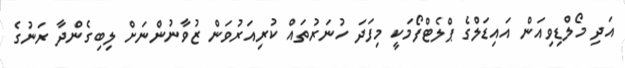
އަދި މޯލްޑިވިއަން އައިޑަލްގެ ޕްލެޓްފޯމަކީ މިފަދަ ހުނަރުތައް ކުރިއަރުވަން ޒުވާނުންނަށް ލިބިގެންދާ ރަނުގެ